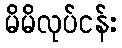
မိမိလုပ်ငန်း